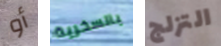
أو بالسخرية التزلج